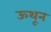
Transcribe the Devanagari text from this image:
ऊथून